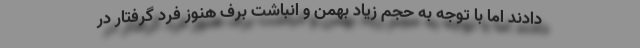
دادند اما با توجه به حجم زیاد بهمن و انباشت برف هنوز فرد گرفتار در